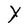
Character: Y